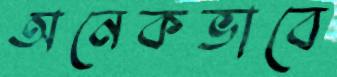
অনেকভাবে